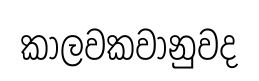
කාලවකවානුවද